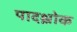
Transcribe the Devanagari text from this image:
पादश्लोक